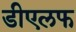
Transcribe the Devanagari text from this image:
डीएलफ